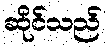
ဆိုင်သည်